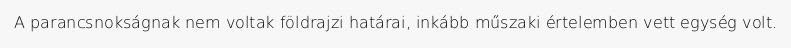
A parancsnokságnak nem voltak földrajzi határai, inkább műszaki értelemben vett egység volt.